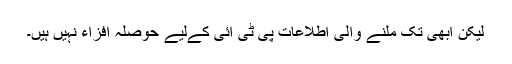
لیکن ابھی تک ملنے والی اطلاعات پی ٹی آئی کےلیے حوصلہ افزاء نہیں ہیں۔